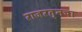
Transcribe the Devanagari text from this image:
राजरत्‍नचा